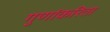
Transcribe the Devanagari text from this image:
गुणांकरिता